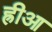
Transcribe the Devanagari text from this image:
ह्रीआ